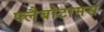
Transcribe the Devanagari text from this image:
फ्लैबोटामस